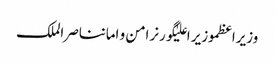
وزیراعظموزیر اعلیٰگورنرامن و امانناصر الملک